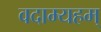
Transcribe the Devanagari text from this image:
वदाम्यहम्